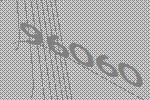
96060